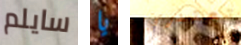
سايلم يا تعتذري